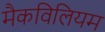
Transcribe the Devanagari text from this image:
मैकविलियम